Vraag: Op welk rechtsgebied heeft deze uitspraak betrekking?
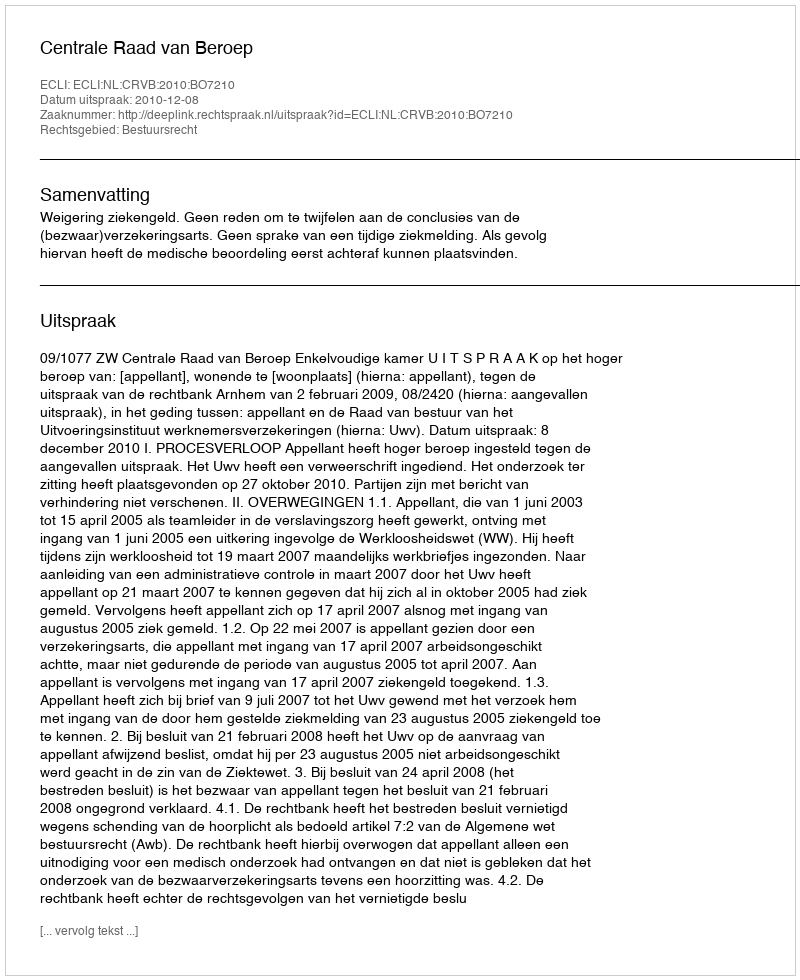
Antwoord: Bestuursrecht